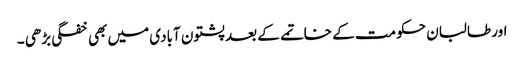
اور طالبان حکومت کے خاتمے کے بعد پشتون آبادی میں بھی خفگی بڑھی ۔